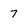
Character: 7